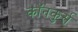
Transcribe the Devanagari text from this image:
कॉनकुर्स